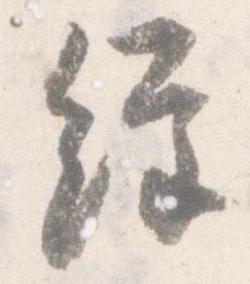
経